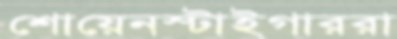
শোয়েনস্টাইগাররা